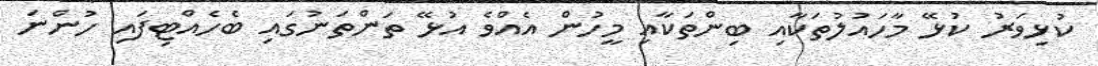
ކުޅިވަރު ކުޅޭ މާހައުލުތަކާއި ބިންތަކާއި މީހުން އެއްވެ އުޅޭ ތަންތަނުގައި ބެހެއްޓިފައި ހުންނަ